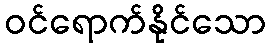
ဝင်ရောက်နိုင်သော